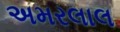
અમરલાલ